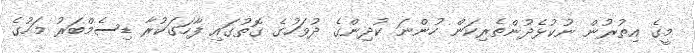
މީގެ އިތުރުން ނުކުޅެދުންތެރިކަން ހުންނަ ކުދިންގެ ދުވަހުގެ ގޮތުގައި ފާހަގަކުރާ ޑިސެމްބަރު މަހުގެ